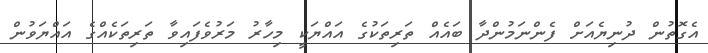
އެގޮތުން ދުނިޔެއަށް ފެންނަމުންދާ ބައެއް ތަރިތަކުގެ އައްޔަކީ މިހާރު މަރުވެފައިވާ ތަރިތަކެއްގެ އައްޔަވުން